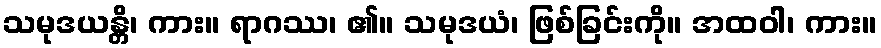
သမုဒယန္တိ၊ ကား။ ရာဂဿ၊ ၏။ သမုဒယံ၊ ဖြစ်ခြင်းကို။ အထဝါ၊ ကား။